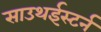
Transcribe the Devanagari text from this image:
साउथईस्टर्न